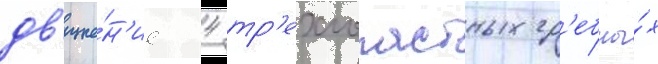
дв'иже́н'ие 4 тр'ехлопастных гр'ебны́х